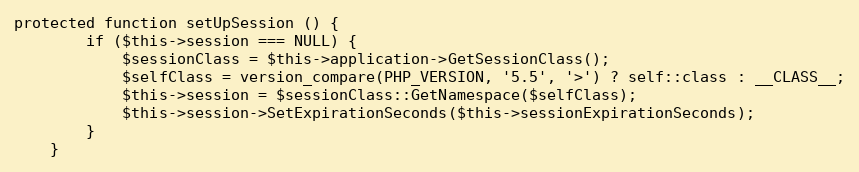
Language: PHP
protected function setUpSession () {
		if ($this->session === NULL) {
			$sessionClass = $this->application->GetSessionClass();
			$selfClass = version_compare(PHP_VERSION, '5.5', '>') ? self::class : __CLASS__;
			$this->session = $sessionClass::GetNamespace($selfClass);
			$this->session->SetExpirationSeconds($this->sessionExpirationSeconds);
		}
	}